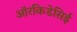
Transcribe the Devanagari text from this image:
ऑरकिडेसिई